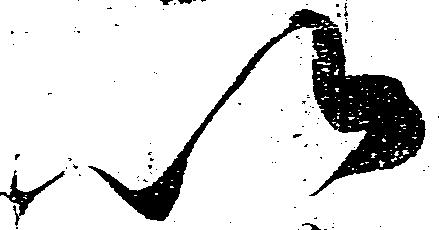
以